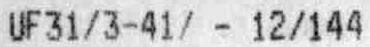
UF31/3-41/ - 12/144